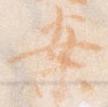
案